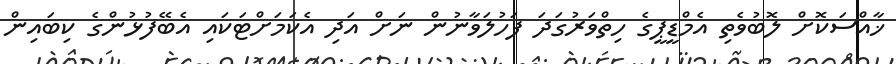
ޚާއްސަކޮށް ލޮބުވެތި އެމްޑީޕީގެ ހިތްވަރުގަދަ ފަހުލަވާނުން ނަށް އަދި އެކަމަށްޓަކައި އެބޭފުޅުންގެ ކިބައިން